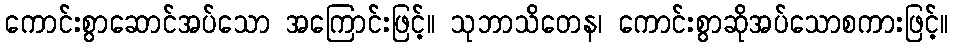
ကောင်းစွာဆောင်အပ်သော အကြောင်းဖြင့်။ သုဘာသိတေန၊ ကောင်းစွာဆိုအပ်သောစကားဖြင့်။